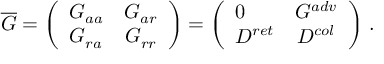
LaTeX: \overline { { { G } } } = \left( \begin{array} { l c r } { { G _ { a a } } } & { { G _ { a r } } } \\ { { G _ { r a } } } & { { G _ { r r } } } \end{array} \right) = \left( \begin{array} { l c r } { { 0 } } & { { G ^ { a d v } } } \\ { { D ^ { r e t } } } & { { D ^ { c o l } } } \end{array} \right) \, .